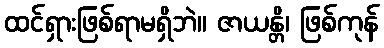
ထင်ရှားဖြစ်ရာမရှိဘဲ။ ဇာယန္တိ၊ ဖြစ်ကုန်